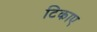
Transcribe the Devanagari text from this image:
टिकाए